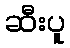
ဆီးပူ